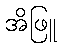
အိဖြူ